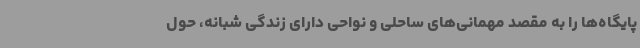
پایگاه‌ها را به مقصد مهمانی‌های ساحلی و نواحی دارای زندگی شبانه، حول